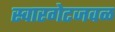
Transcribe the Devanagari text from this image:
स्वारगेटजवळ